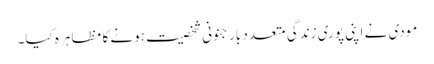
مودی نے اپنی پوری زندگی متعدد بار جنونی شخصیت ہونے کا مظاہرہ کیا۔